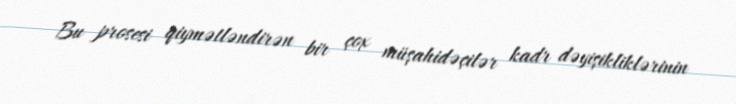
Bu prosesi qiymətləndirən bir çox müşahidəçilər kadr dəyişikliklərinin